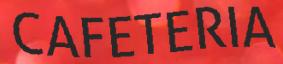
CAFETERIA